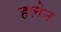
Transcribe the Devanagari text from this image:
हलेन